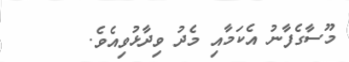
މޫސާގެފާނު އެކަމާއި މެދު ވިދާޅުވިއެވެ.